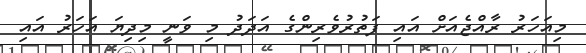
މިއަހަރު ރާއްޖެއަށް އައި ފަތުރުވެރިންގެ އަދަދު މި ވަނީ މިދިޔަ އަހަރު އައި